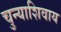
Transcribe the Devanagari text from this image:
चुन्याशिवाय